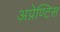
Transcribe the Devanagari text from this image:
अप्रेण्टिस